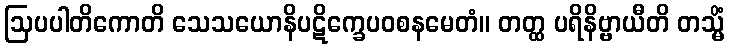
ဩပပါတိကောတိ သေသယောနိပဋိက္ခေပဝစနမေတံ။ တတ္ထ ပရိနိဗ္ဗာယီတိ တသ္မိံ